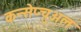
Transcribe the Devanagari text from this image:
कन्सेप्चुअल